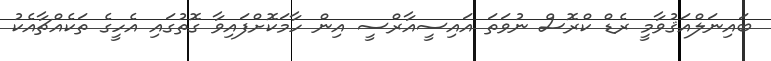
ބައިނަލްއަޤުވާމީ ރެޑް ކްރޮސް ނުވަތަ އައިސީއާރްސީ އިން ހާމަކޮށްފައިވާ ގޮތުގައި އެހީގެ ތަކެއްޗާއެކު